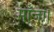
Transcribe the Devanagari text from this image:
माँजा।